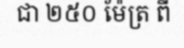
ជា ២៥០ ម៉ែត្រ ពី